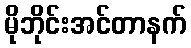
မိုဘိုင်းအင်တာနက်